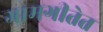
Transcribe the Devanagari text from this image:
ग्रामगीतेत